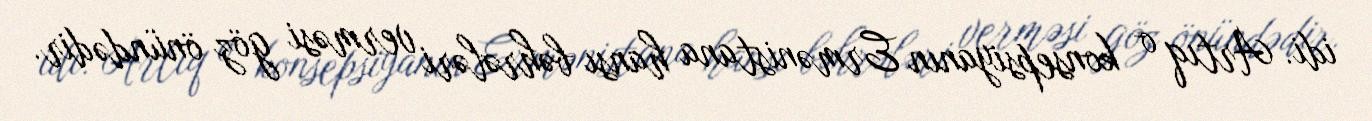
idi. Artıq o konsepsiyanın Ermənistana hansı bəhrələri verməsi göz önündədir.